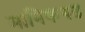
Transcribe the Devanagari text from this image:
मानिकगढ